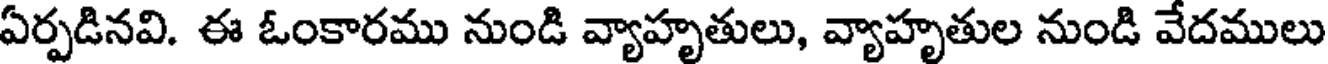
ఏర్పడినవి. ఈ ఓంకారము నుండి వ్యాహృతులు, వ్యాహృతుల నుండి వేదములు